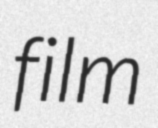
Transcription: film